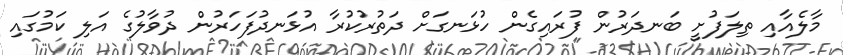
މާލެއާއި ތިލަފުށީ ބަނދަރުން ފުރައިގެން ހުޅަނގަށް ދަތުރުކުރާ އުޅަނދުފަހަރުން ދުވާލުގެ އަލި ކަމުގައި